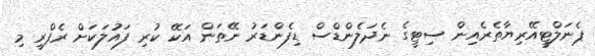
ޕެނަލްޓީއޭރިޔާތެރެއިން ސިޓީގެ ނެދަލެންޑްސް ޑިފެންޑަރު ނޭތަން އަކޭ ކުރި ފައުލަކަށް ރެފްރީ މި